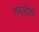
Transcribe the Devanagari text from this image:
तबलीगी